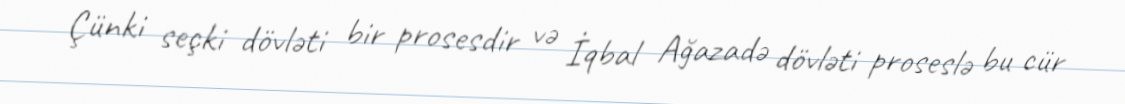
Çünki seçki dövləti bir prosesdir və İqbal Ağazadə dövləti proseslə bu cür